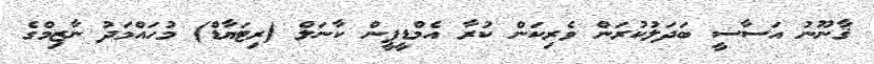
ޤާނޫނު އަސާސީ ބަދަލުކުރަން ވެރިކަން ކުރާ އެމްޑީޕީން ކާނަލް (ރިޓަޔާޑް) މުހައްމަދު ނާޒިމްގެ